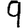
Digit: 9